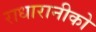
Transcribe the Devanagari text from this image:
राधारानीको